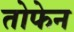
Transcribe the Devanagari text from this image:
तोफेन